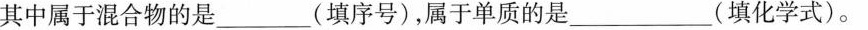
其中属于混合物的是___(填序号)，属于单质的是___(填化学式)。